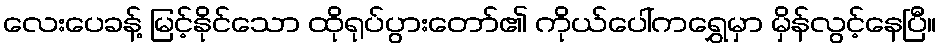
လေးပေခန့် မြင့်နိုင်သော ထိုရုပ်ပွားတော်၏ ကိုယ်ပေါ်ကရွှေမှာ မှိန်လွင့်နေပြီ။